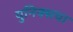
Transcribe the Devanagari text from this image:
युनिक्सचा